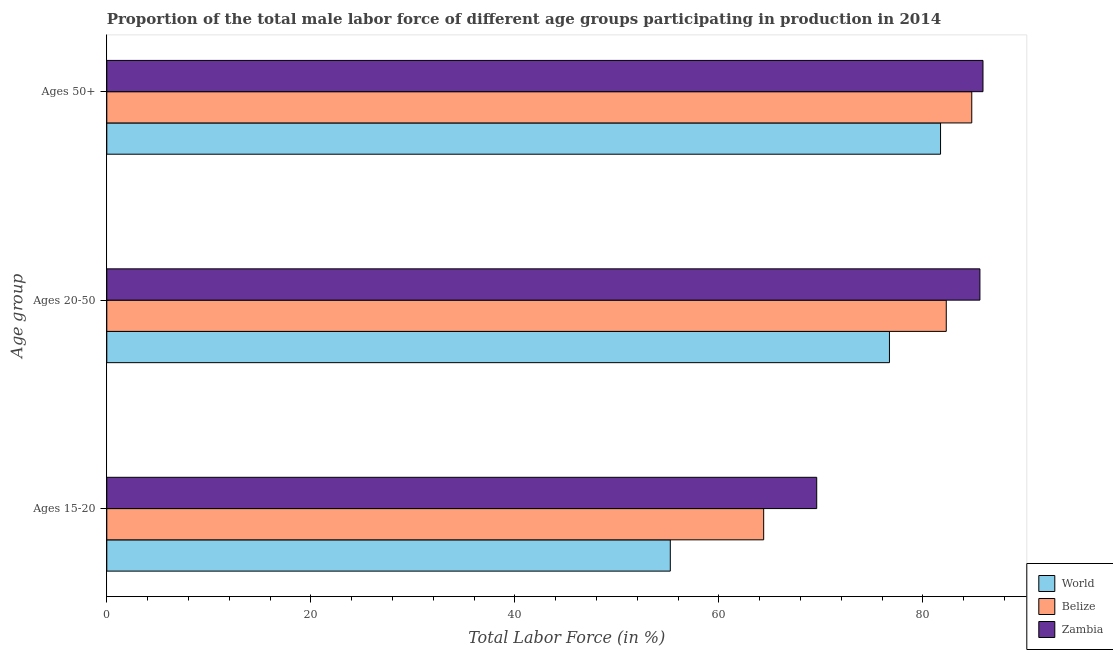
| Age group | World | Belize | Zambia |
 | --- | --- | --- | --- |
 | Ages 15-20 | 55.2 | 64.4 | 69.6 |
 | Ages 20-50 | 76.7 | 82.3 | 85.6 |
 | Ages 50+ | 81.7 | 84.8 | 85.9 |